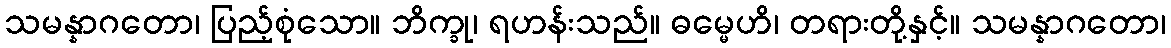
သမန္နာဂတော၊ ပြည့်စုံသော။ ဘိက္ခု၊ ရဟန်းသည်။ ဓမ္မေဟိ၊ တရားတို့နှင့်။ သမန္နာဂတော၊